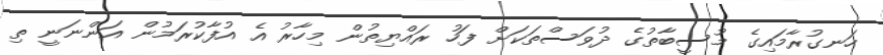
ހަނގުރާމައިގެ މުސީބާތުގެ ދުވަސްތަކަށް ފަހު ރައްޔިތުން މިހާރު އެ އުފާކުރަމުން އަންނަނީ ތި